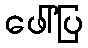
ဖေါ်ပြ